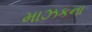
માઝકના